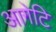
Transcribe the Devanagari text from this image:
आगेटि